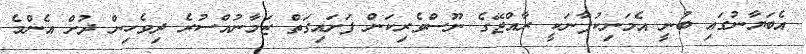
އެބަޔާނުގައި ބުނީ އެމަނިކުފާނަކީ ރާއްޖޭގެ ނޫސްވެރިކަން ފަށައިގަތް ޒަމާނުއްސުރެ ދިވެހިން ދުށް އެންމެ